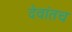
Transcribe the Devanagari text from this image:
देवांतच